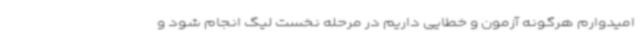
امیدوارم هرگونه آزمون و خطایی داریم در مرحله نخست لیگ انجام شود و